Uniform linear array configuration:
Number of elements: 24
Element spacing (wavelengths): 1
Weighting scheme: exponential
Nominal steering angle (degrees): -15
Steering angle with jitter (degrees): -16.046
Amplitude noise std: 0.05
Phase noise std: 0.05

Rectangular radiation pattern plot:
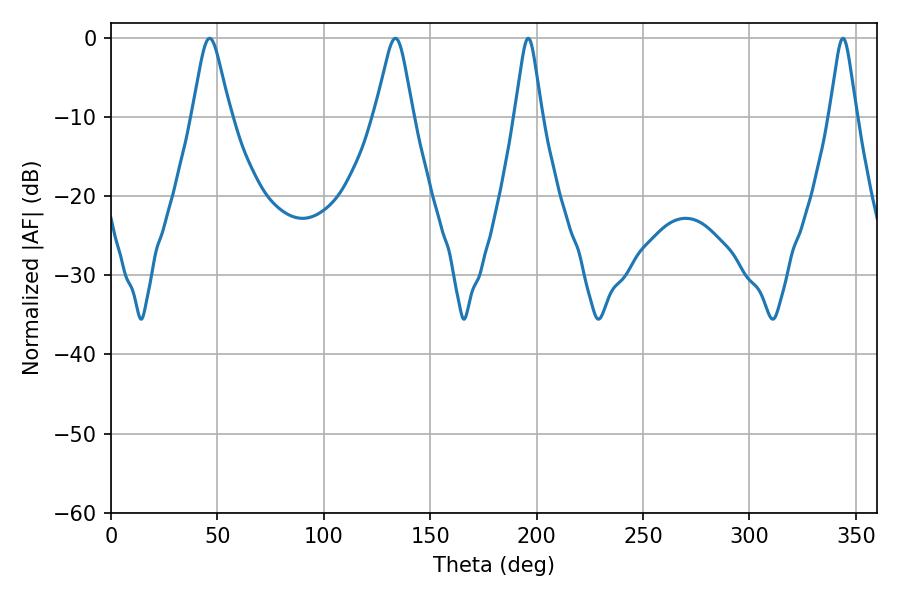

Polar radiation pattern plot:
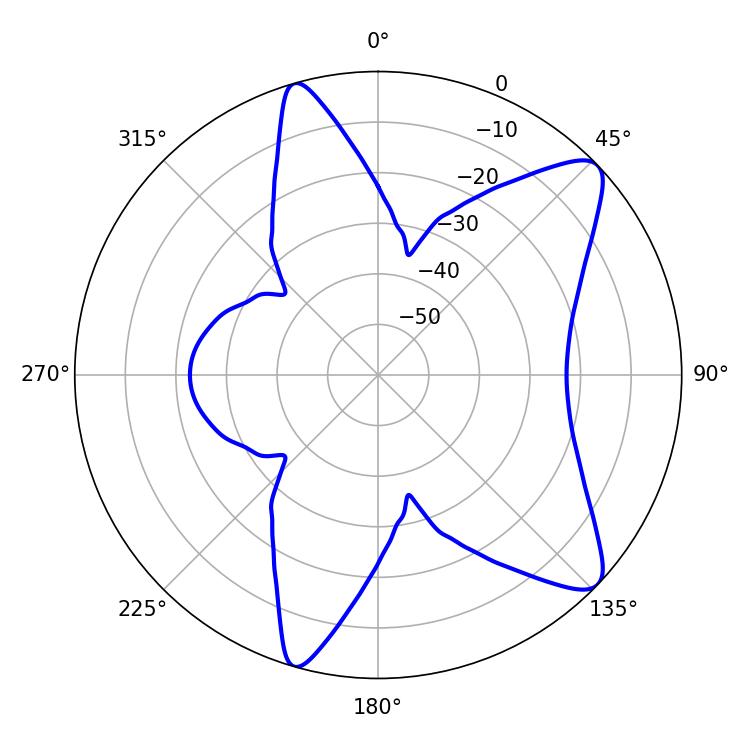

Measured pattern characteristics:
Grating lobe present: TRUE
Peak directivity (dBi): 10.044
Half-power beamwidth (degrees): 5.94
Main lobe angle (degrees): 196.02